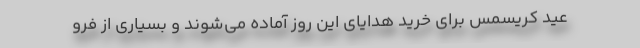
عید کریسمس برای خرید هدایای این روز آماده می‌شوند و بسیاری از فرو